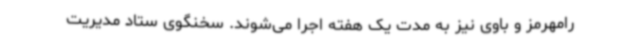
رامهرمز و باوی نیز به مدت یک هفته اجرا می‌شوند. سخنگوی ستاد مدیریت